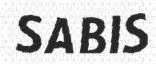
SABIS